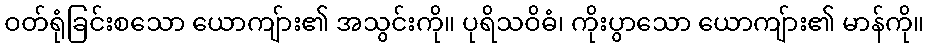
ဝတ်ရုံခြင်းစသော ယောကျ်ား၏ အသွင်းကို။ ပုရိသဝိဓံ၊ ကိုးပွာသော ယောကျ်ား၏ မာန်ကို။